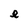
Character: e